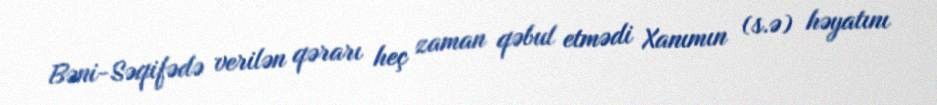
Bəni-Səqifədə verilən qərarı heç zaman qəbul etmədi Xanımın (s.ə) həyatını